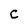
Character: C